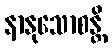
နာနုသောစန္တိ